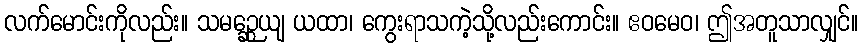
လက်မောင်းကိုလည်း။ သမဉ္ဆေယျ ယထာ၊ ကွေးရာသကဲ့သို့လည်းကောင်း။ ဧဝမေဝ၊ ဤအတူသာလျှင်။